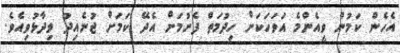
އެހެން ކަމުން ވީއެންމެ އަވަހަކަށް ހިދުމަތް ފެށުމަށް އެދޭ ކަމަށް ޖުނެއިދު ވިދާޅުވިއެވެ.